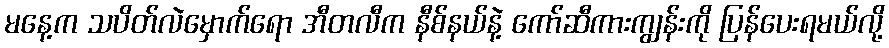
မနေ့က သပိတ်လဲမှောက်ရော အီတလီက နီစ်နယ်နဲ့ ကော်ဆီကားကျွန်းကို ပြန်ပေးရမယ်လို့